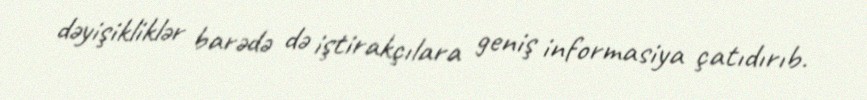
dəyişikliklər barədə də iştirakçılara geniş informasiya çatıdırıb.